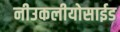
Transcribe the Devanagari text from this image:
नीउकलीयोसाईड